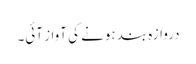
دروازہ بند ہونے کی آواز آئی۔